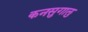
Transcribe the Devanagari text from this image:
कनसुगालु